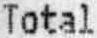
TOTAL